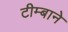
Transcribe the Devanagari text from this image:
टीम्बाने